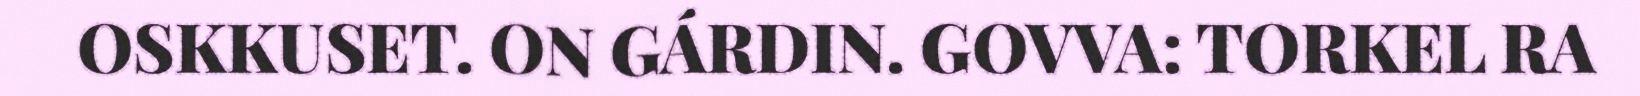
OSKKUSET. ON GÁRDIN. GOVVA: TORKEL RA